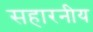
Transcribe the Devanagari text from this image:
सहारनीय